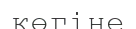
көгіне